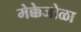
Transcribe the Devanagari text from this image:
मेक्केजोळा